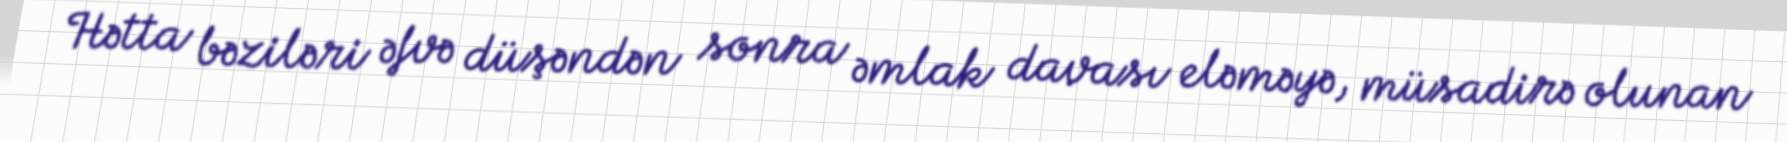
Hətta bəziləri əfvə düşəndən sonra əmlak davası eləməyə, müsadirə olunan